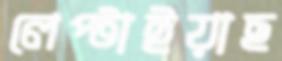
লেপ্‌টাইয়াছ